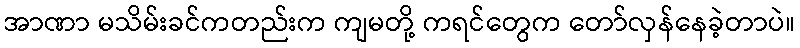
အာဏာ မသိမ်းခင်ကတည်းက ကျမတို့ ကရင်တွေက တော်လှန်နေခဲ့တာပဲ။